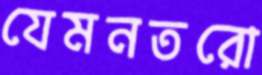
যেমনতরো